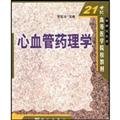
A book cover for Cardiovascular Pharmacology ( graduate textbook ); SU DING FENG; Medical Books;